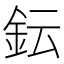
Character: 𨥕